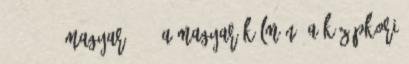
16. 3-76. Magyar 1988 a Magyar Kálmán: A középkori